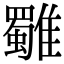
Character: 𩁍